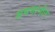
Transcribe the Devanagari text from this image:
सममानीत